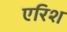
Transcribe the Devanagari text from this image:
एरिश